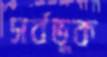
সর্বভূক